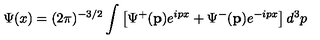
\Psi ( x ) = ( 2 \pi ) ^ { - 3 / 2 } \int \left[ \Psi ^ { + } ( \mathbf { p } ) e ^ { i p x } + \Psi ^ { - } ( \mathbf { p } ) e ^ { - i p x } \right] d ^ { 3 } p